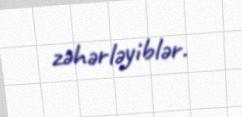
zəhərləyiblər.